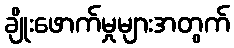
ချိုးဖောက်မှုများအတွက်